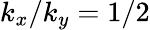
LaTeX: k_{x}/k_{y}=1/2